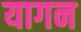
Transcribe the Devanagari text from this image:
यागन